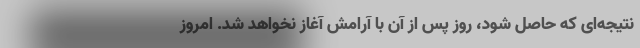
نتیجه‌ای که حاصل شود، روز پس از آن با آرامش آغاز نخواهد شد. امروز